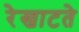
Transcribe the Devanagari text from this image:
रेखाटते